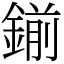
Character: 鎆